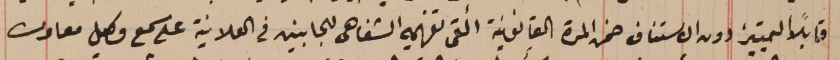
قابلاً التمييز دون الاستناف ضمن المدة القانونية ألقى تفهيمه الشفاهى للجانبين فى العلانية على سمع وكيل معاون